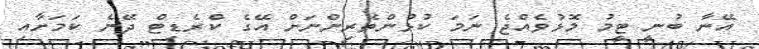
އޭނާ ބުނީ ޓީމު މޮޅުވެއްޖެ ނަމަ ކުޅުންތެރިންނަށް އޭގެ ކްރެޑިޓް ދޭނެ ކަމަށާއި